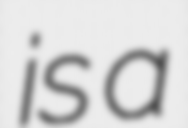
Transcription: is a